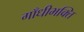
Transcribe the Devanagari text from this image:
गाँधीभक्ति